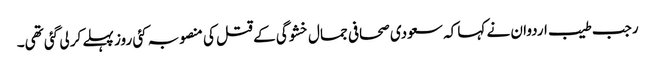
رجب طیب اردوان نے کہا کہ سعودی صحافی جمال خشوگی کے قتل کی منصوبہ کئی روز پہلے کر لی گئی تھی۔